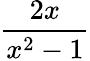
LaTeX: \frac{2x}{x^{2}-1}